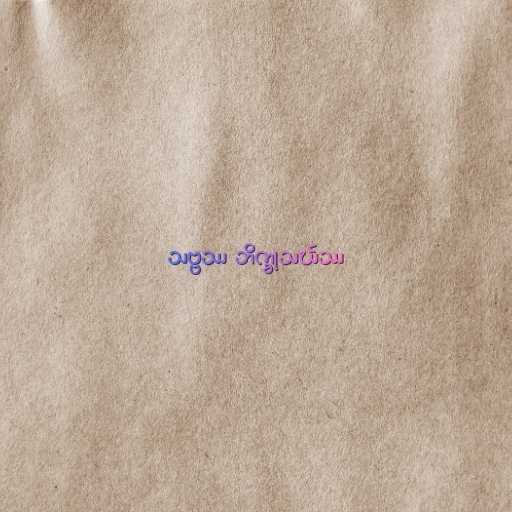
သဗ္ဗဿ ဘိက္ခုသင်္ဃဿ